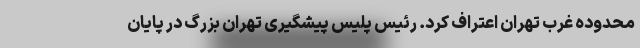
محدوده غرب تهران اعتراف کرد. رئیس پلیس پیشگیری تهران بزرگ در پایان